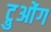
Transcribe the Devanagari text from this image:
ट्रुओंग